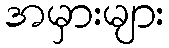
အမှားများ